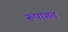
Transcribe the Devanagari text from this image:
रूपागत